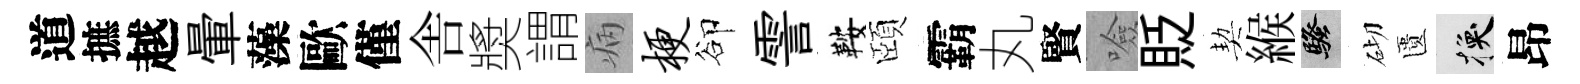
道摭越暈藻歐僅舎奬謂病梗卻霅鞍頤霸丸賢噞貶契緱騷砌匱换昂